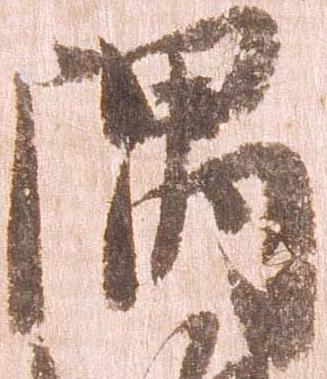
隅